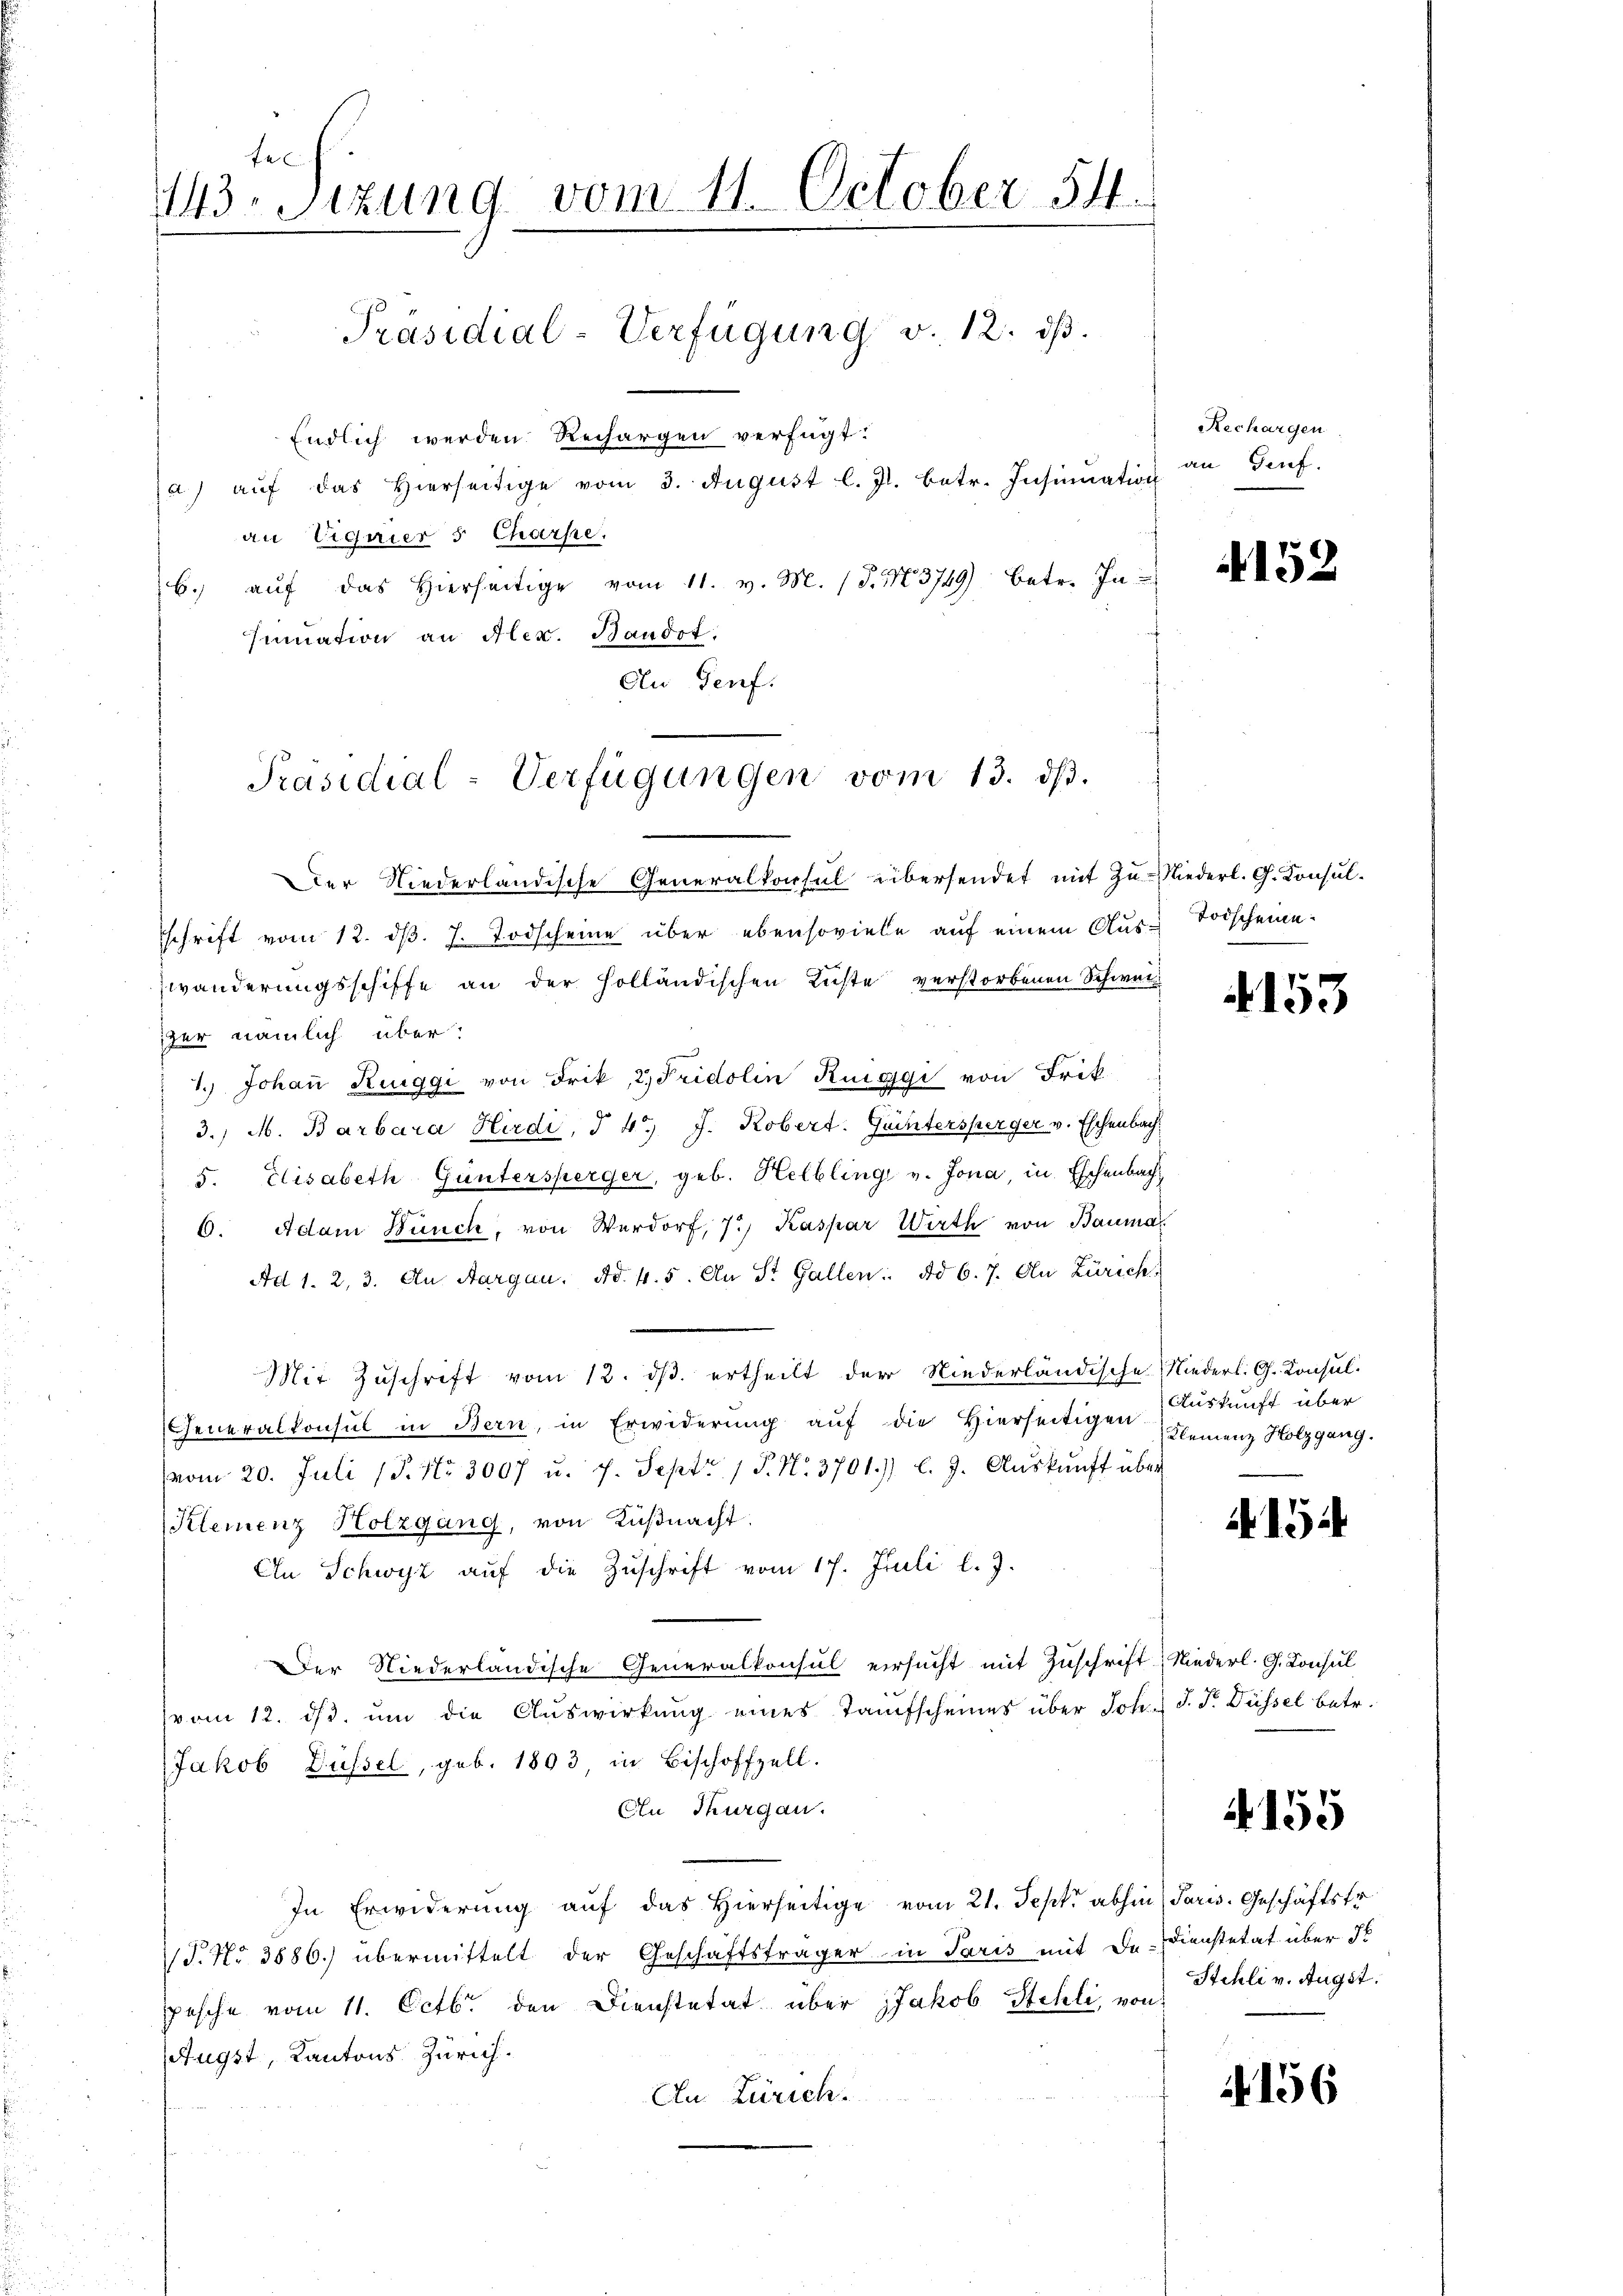
fe
13. Sitzung vom 11. October 54.
Präsidial-Verfügung v. 12. ds.
Endlich werden Rechargen verfügt:
(a) auf das hierseitige vom 3. August l. J. betr. Insinuation an Genf.
an Eignier 5 Charse.

b. aŭf das hierseitige vom 11. v. M. (T. N. 3749) betr. In
sinuation an Alex. Bandot.
Au Genf.

Präsidial-Verfügungen vom 13. dβ.

Rechargen

Der Niederländische Generalkonsul übersendet mit Zŭ-Niederl. G. Konsul-
sschrift vom 12. d. J. Todscheine über ebensoviele auf einem Aus-Todscheine
wanderungsschiffe an der Holländischen Küste verstorbenen Schweiz
er nämlich über:
1.) Johaṅ Riggi von Frik, 2, Fridolin Ruiggi von Frik
3. M. Barbara Hirdi, § 4. J. Kobert. Güntersperger v. Eschenbach
5. Elisabeth Guntersperger, geb. Helbling v. Jona, in Eschenbach,
6. Adam Bünch, von Verdorf, 7) Kaspar Wirth von Bauma
Ad 1. 2. 3. An Aargau. Ad. 4. 5. An St. Gallen ad 6. 7. Au Zürich
Mit Zuschrift vom 12. ds. ertheilt der Niederländische Niederl. G. Konsul¬
Generalkonsul in Bern, in Erwiderung auf die Hierseitigen
vom 20. Juli 18. No. 3007 u. 7. Sept. 1 P. Nr. 3701.) l. J. Aŭskŭnft über
Kleinenz Holzgang, von Küβnacht.
An Schwyz aŭf die Zŭschrift vom 17. Juli l. J.
Der Niederländische Generalkonsul ersucht mit Zuschrift Niederl. G. Konsul
vom 12. dβ. ŭm die Auswirkung eines Taufscheines über Joh. J. P. Düssel betr.
Jakob Düssel, geb. 1803, in Bischoffzell.
Cn Thurgau.
In Erwiderung auf das hierseitige vom 21. Sept. abhin) Paris. Geschäftstr
T. No 3886.) übermittelt der Geschäftsträger in Paris mit Dr. Dienstetat über d
pesche vom 11. Octbr. den Dienstetat über Jakob Stehli, von
Augst, Kantons Zürich.
Au Zürich.

152

4153

Auskunft über
Kleinenz Holzgang.

15

4155

Stehli v. Augst.

156